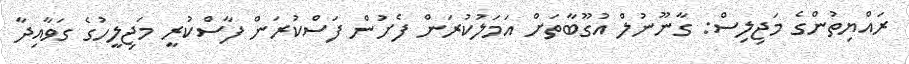
ރައްޔިތުންގެ މަޖިލިސް: ގާނޫނުލް އުގޫބާތަށް އަމަލުކުރަން ފެށުން ފަސްކުރަން ފާސްކުރީ މަޖިލީހުގެ ގަވާއިދާ